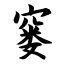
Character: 窭